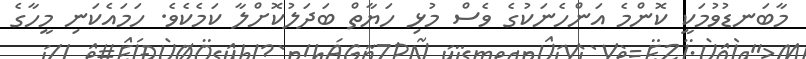
މާބަނޑުވުމަކީ ކޮންމެ އަންހެނަކުގެ ވެސް މުޅި ހަޔާތް ބަދަލުކޮށްލާ ކަމެކެވެ. ހަމައެކަނި މީހާގެ